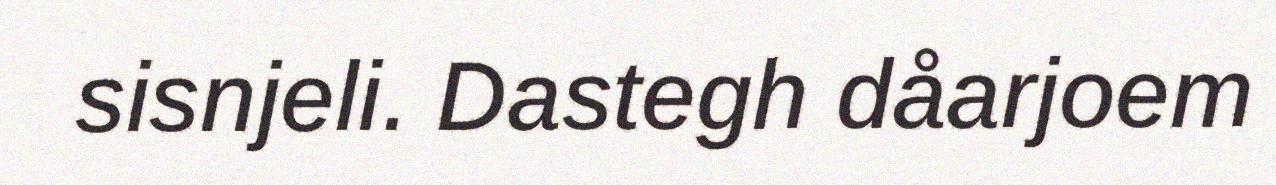
sisnjeli. Dastegh dåarjoem